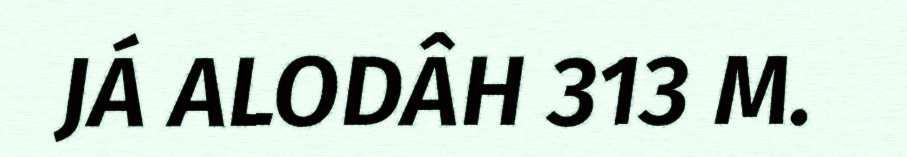
JÁ ALODÂH 313 M.